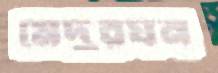
মেদুরঘন